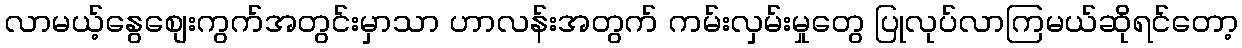
လာမယ့်နွေစျေးကွက်အတွင်းမှာသာ ဟာလန်းအတွက် ကမ်းလှမ်းမှုတွေ ပြုလုပ်လာကြမယ်ဆိုရင်တော့